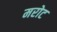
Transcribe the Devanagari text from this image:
मरोट